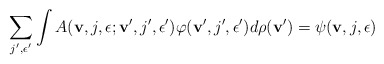
\begin{align*}\sum_{j',\epsilon'}\int\nolimits A({\bf v},j,\epsilon;{\bf v}',j',\epsilon')\varphi({\bf v}',j',\epsilon')d\rho({\bf v}')=\psi({\bf v},j,\epsilon) \end{align*}